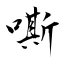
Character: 嘶